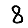
Digit: 8